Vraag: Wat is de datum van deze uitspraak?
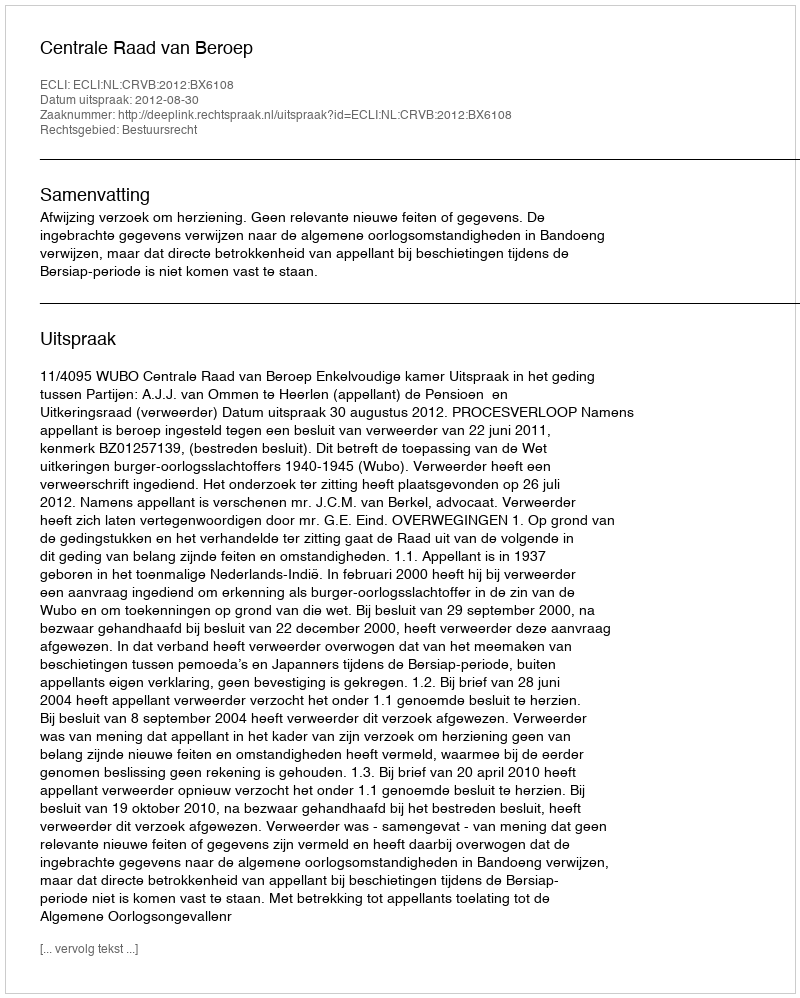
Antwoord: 2012-08-30